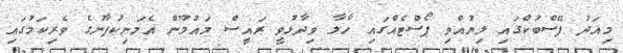
މިއަދު ފޭސްބުކްގައި ލިޔުއްވި ޕޯސްޓެއްގައި ހާލާ ވިދާޅުވީ ރައީސް މައުމޫން އެމަނިކުފާނުގެ ވެރިކަމުގައި